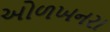
ઓળખનરા